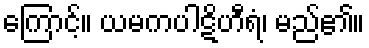
ကြောင့်။ ယမကပါဋိဟီရံ၊ မည်၏။